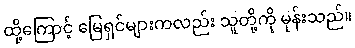
ထို့ကြောင့် မြေရှင်များကလည်း သူတို့ကို မုန်းသည်။